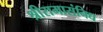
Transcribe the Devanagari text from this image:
श्रीरामासंनिध